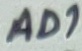
Text: AD1